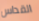
القداس